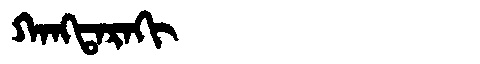
Manchu: ᡴᠠᠩᡨᠠᡵᠠᡴᡳ
Romanization: KANGTARAKI